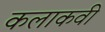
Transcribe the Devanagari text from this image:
कलाकवी